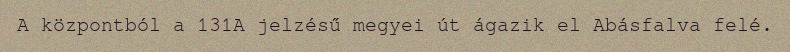
A központból a 131A jelzésű megyei út ágazik el Abásfalva felé.